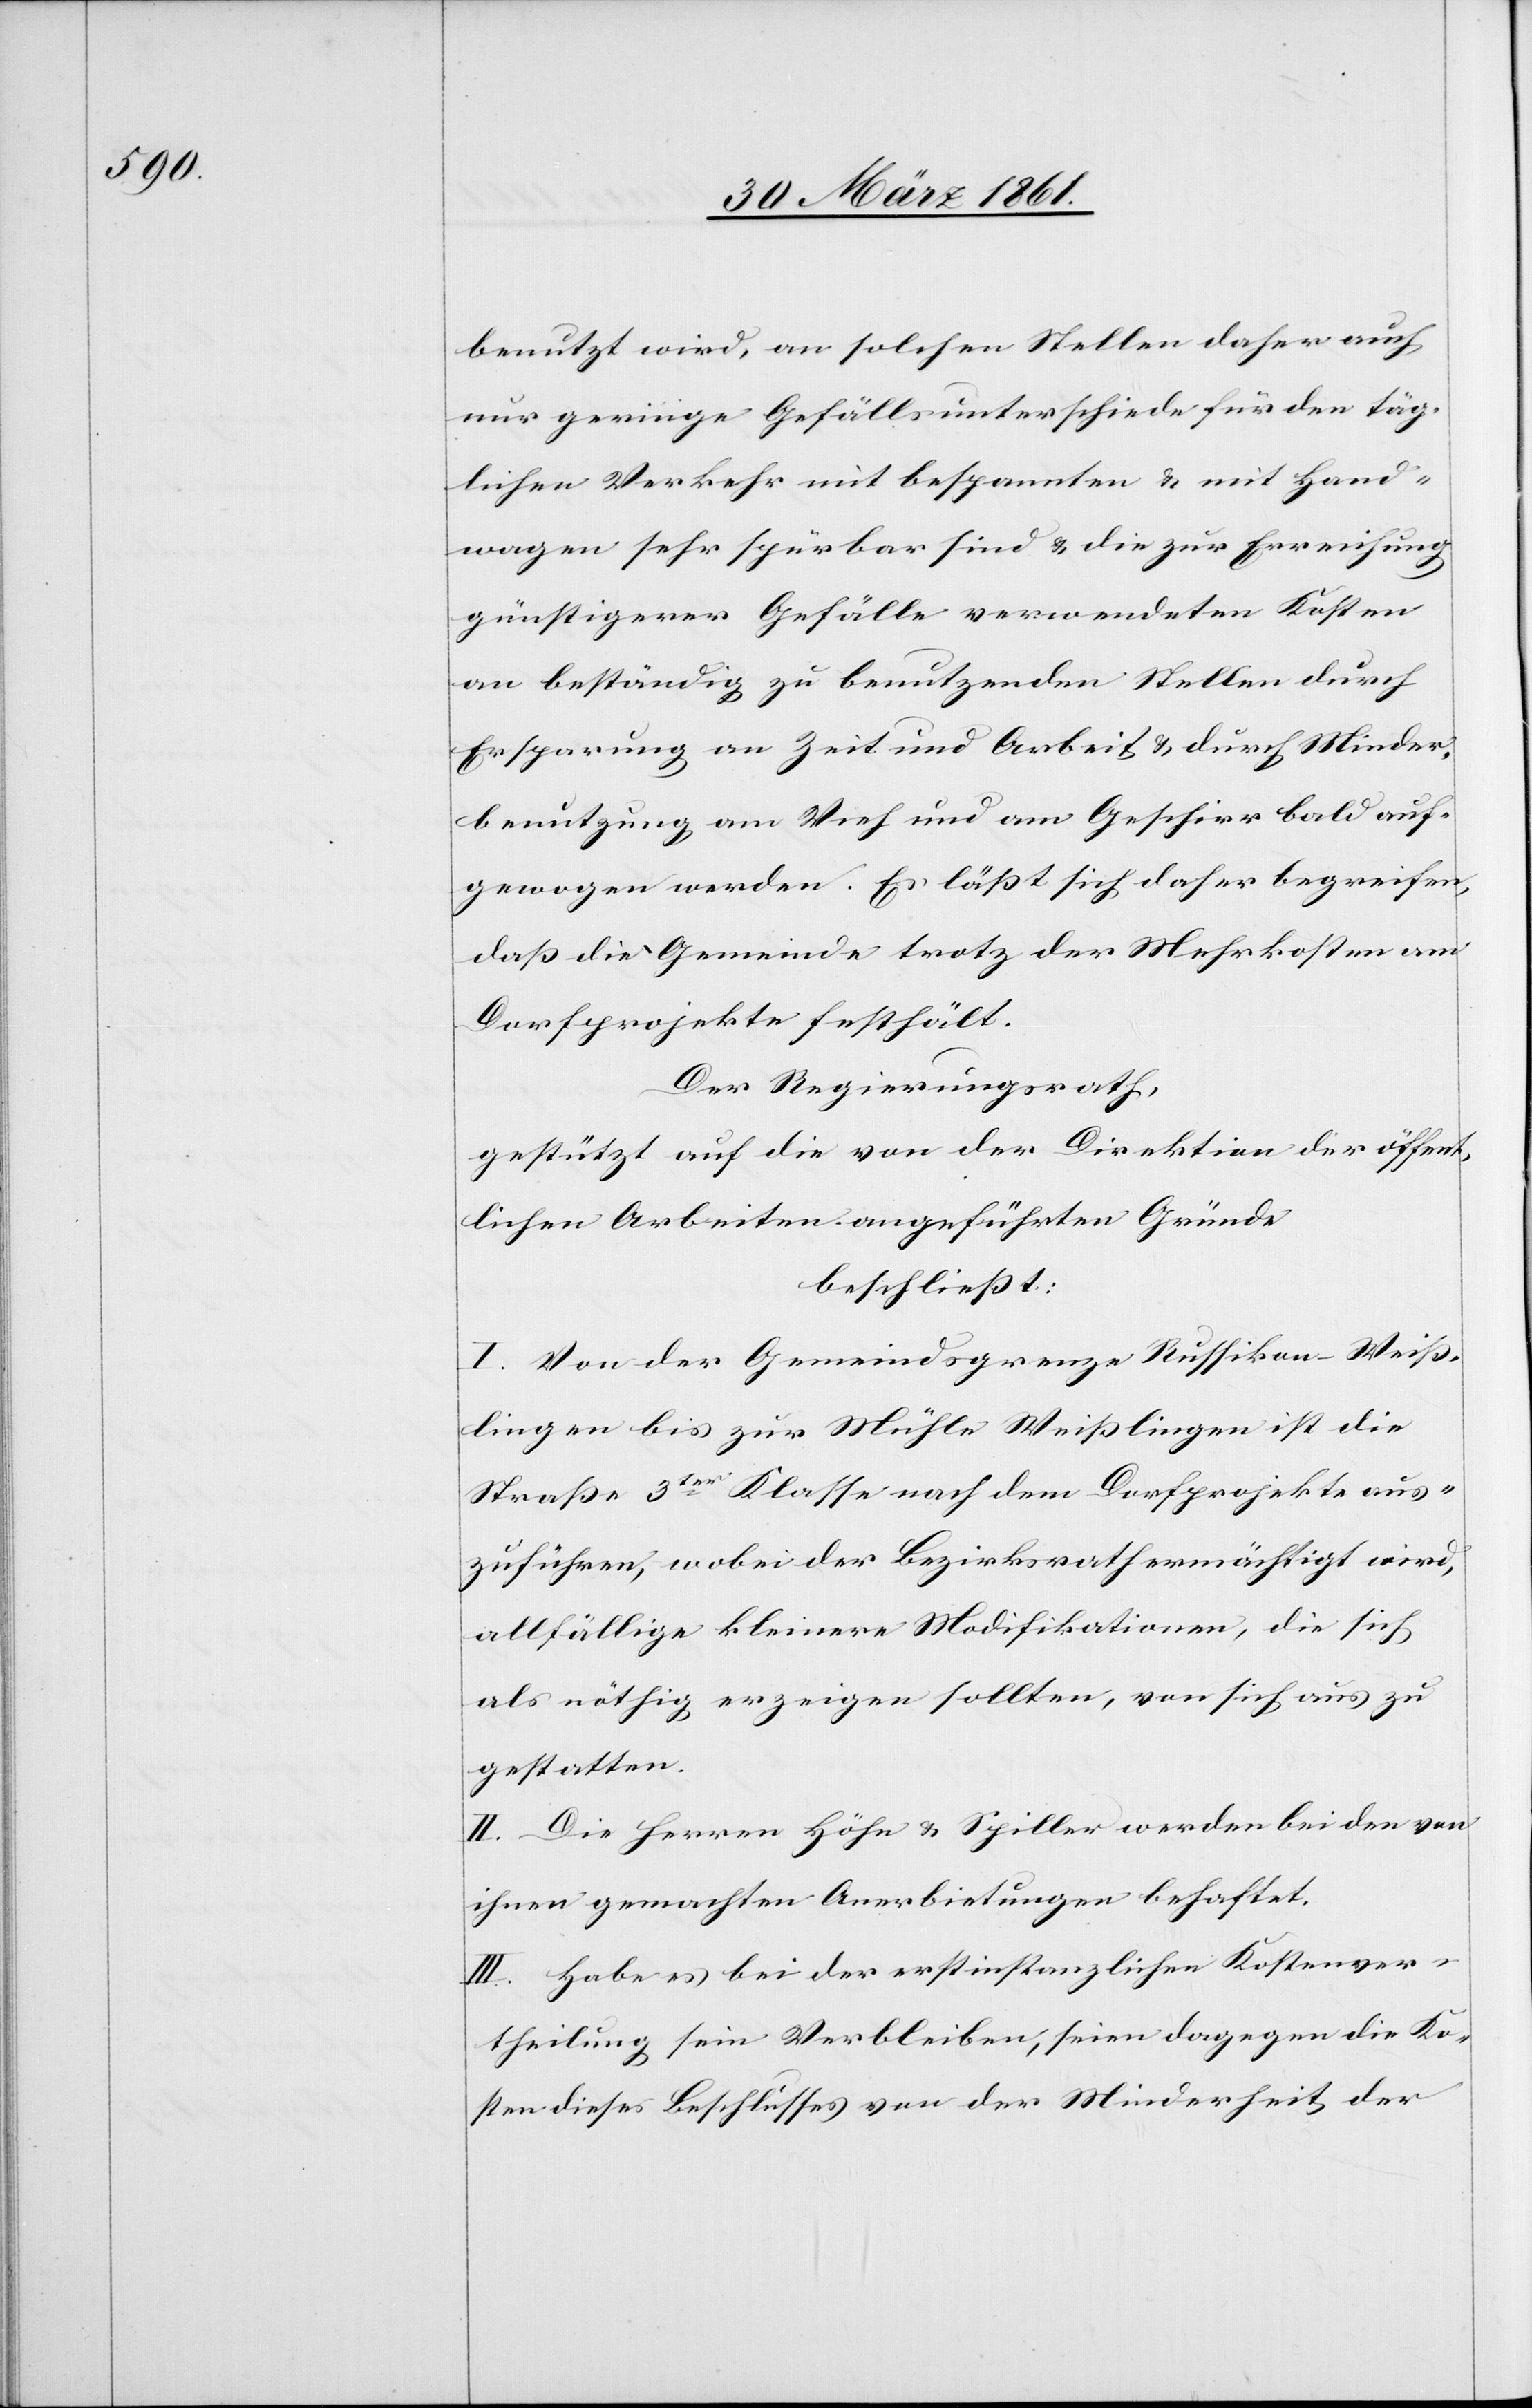
benutzt wird, an solchen Stellen daher auch
nur geringe Gefällsunterschiede für den täg¬
lichen Verkehr mit bespannten u. mit Hand¬
wagen sehr spürbar sind u. die zur Erreichung
günstigerer Gefälle verwendeten Kasten
an beständig zu benutzenden Stellen durch
Ersparung an Zeit und Arbeit u. durch Minder¬
benutzung am Vieh und am Geschirr bald auf¬
gewogen werden. Es läßt sich daher begreifen,
daß die Gemeinde trotz der Mehrkosten am
Dorfprojekte festhält.
Der Regierungsrath,
gestützt auf die von der Direktion der öffent¬
lichen Arbeiten angeführten Gründe
beschließt:
I. Von der Gemeindsgrenze Russikon–Weiß¬
lingen bis zur Mühle Weißlingen ist die
Straße 3ter Klasse nach dem Dorfprojekte aus¬
zuführen, wobei der Bezirksrath ermächtigt wird,
allfällige kleinere Modifikationen, die sich
als nöthig erzeigen sollten, von sich aus zu
gestatten.
II. Die Herren Höhn u. Spiller werden bei den von
ihnen gemachten Anerbietungen behaftet.
III. Habe es bei der erstinstanzlichen Kostenver¬
theilung sein Verbleiben, seien dagegen die Ko¬
sten dieses Beschlusses von der Minderheit der